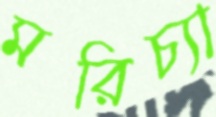
মরিচ্যা